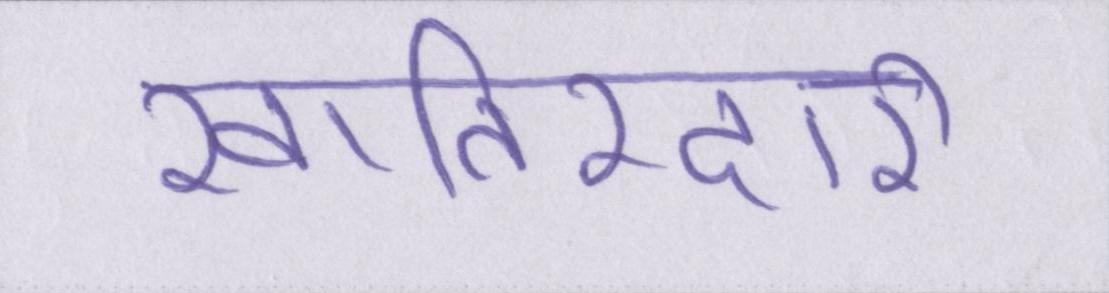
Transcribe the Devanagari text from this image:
खातिरदारी